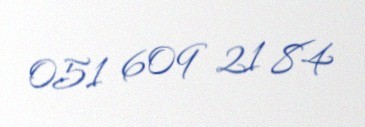
051 609 21 84